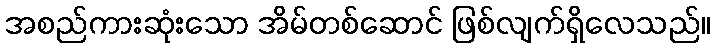
အစည်ကားဆုံးသော အိမ်တစ်ဆောင် ဖြစ်လျက်ရှိလေသည်။